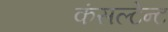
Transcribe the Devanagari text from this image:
कंसल्टेन्ट